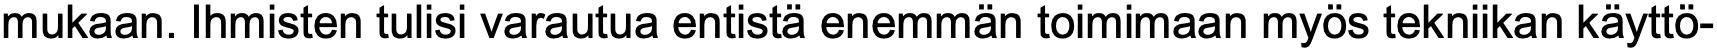
mukaan. Ihmisten tulisi varautua entistä enemmän toimimaan myös tekniikan käyttö-